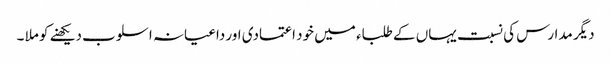
دیگر مدارس کی نسبت یہاں کے طلباء میں خود اعتمادی اور داعیانہ اسلوب دیکھنے کو ملا ۔